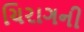
ચિરાગની